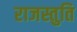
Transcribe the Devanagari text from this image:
राजस्तुति